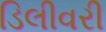
ડિલીવરી